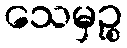
သေမှဉ္စ